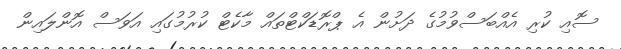
ސޮއި ކުރި އެއްބަސްވުމުގެ ދަށުން އެ ޕްރޮޑަކްޓްތައް މާކެޓް ކުރުމުގައި އަވަސް އޮންލައިން